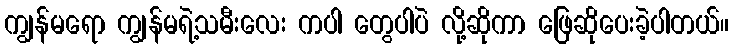
ကျွန်မရော ကျွန်မရဲ့သမီးလေး ကပါ တွေပါပဲ လို့ဆိုကာ ဖြေဆိုပေးခဲ့ပါတယ်။